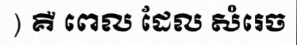
) គឺ ពេល ដែល សំរេច